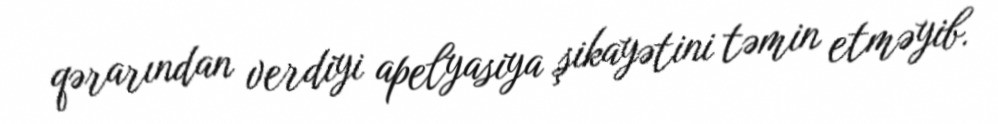
qərarından verdiyi apelyasiya şikayətini təmin etməyib.